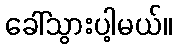
ခေါ်သွားပါ့မယ်။